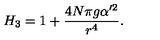
H _ { 3 } = 1 + { \frac { 4 N \pi g \alpha ^ { \prime 2 } } { r ^ { 4 } } } .